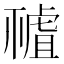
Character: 𧇘